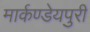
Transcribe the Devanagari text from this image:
मार्कण्डेयपुरी